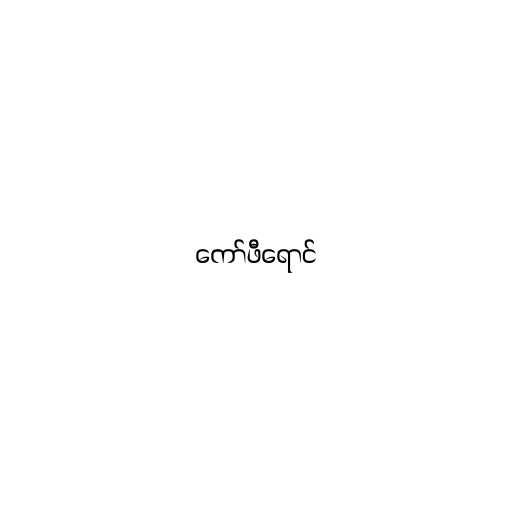
ကော်ဖီရောင်